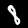
Digit: 8